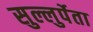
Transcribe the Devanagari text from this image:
सुल्लुर्पेता